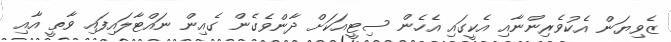
ޒެވިޔަން އެކުވެރިންނާއި އެކީގައި އެހެން ސިޓީއަކަށް ދާންވެގެން ގެއިން ނައްޓާލައިފައި ވާތީ އާއި